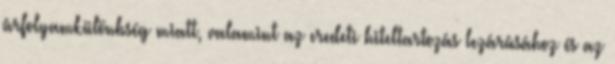
árfolyamkülönbség miatt, valamint az eredeti hiteltartozás lezárásához és az